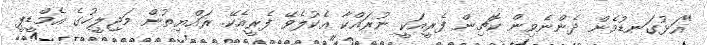
"އަޅުގަނޑުމެން ދެންނެވިން ކޮޗިން ފެރީއަކީ ނުރައްކާ އެކުލެވޭ ފެރީއެކޭ. ރައްޔިތުން މަޖިލީހުގެ އެމްޑީޕީ